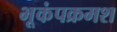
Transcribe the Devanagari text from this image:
भूकंपक्रमश